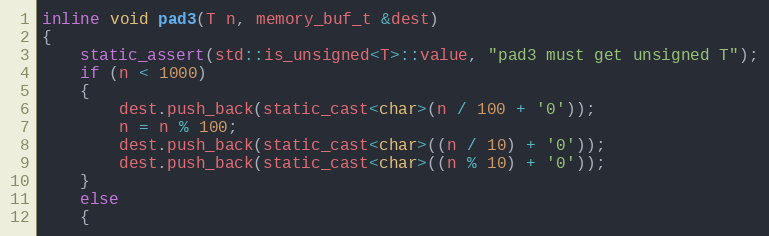
Language: C
inline void pad3(T n, memory_buf_t &dest)
{
    static_assert(std::is_unsigned<T>::value, "pad3 must get unsigned T");
    if (n < 1000)
    {
        dest.push_back(static_cast<char>(n / 100 + '0'));
        n = n % 100;
        dest.push_back(static_cast<char>((n / 10) + '0'));
        dest.push_back(static_cast<char>((n % 10) + '0'));
    }
    else
    {